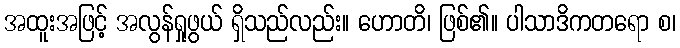
အထူးအဖြင့် အလွန်ရှုဖွယ် ရှိသည်လည်း။ ဟောတိ၊ ဖြစ်၏။ ပါသာဒိကတရော စ၊